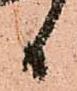
日